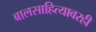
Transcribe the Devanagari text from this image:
बालसाहित्यावरही